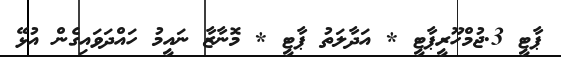
ޕާޓީ 3.ޖުމްހޫރީޕާޓީ * އަދާލަތު ޕާޓީ * މޮނާޒާ ނައީމު ހައްދަވައިގެން އުޅޭ